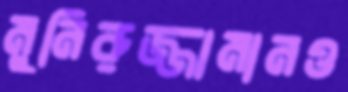
মুনিরুজ্জামানও